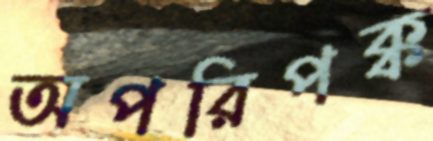
অপরিপক্ক